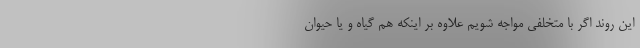
این روند اگر با متخلفی مواجه شویم علاوه بر اینکه هم گیاه و یا حیوان